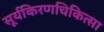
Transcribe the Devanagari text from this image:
सूर्यकिरणचिकित्सा